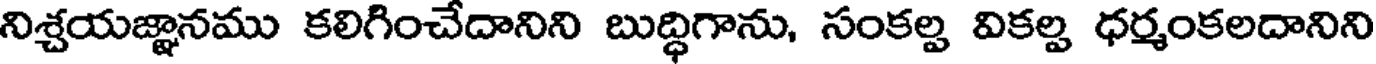
నిశ్చయజ్ఞానము కలిగించేదానిని బుద్ధిగాను, సంకల్ప వికల్ప ధర్మంకలదానిని